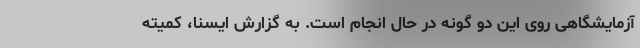
آزمایشگاهی روی این دو گونه در حال انجام است. به گزارش ایسنا، کمیته